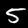
Digit: 5